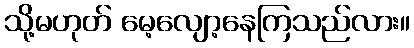
သို့မဟုတ် မေ့လျော့နေကြသည်လား။